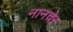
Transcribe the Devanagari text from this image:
नानचेर